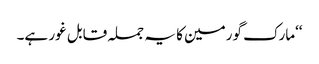
‘‘مارک گورمین کا یہ جملہ قابل غور ہے۔